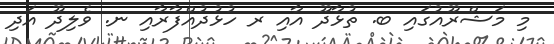
މި މަޝްރޫއުގައި ބ. ތުޅާދޫ އާއި ރ ހުޅުދުއްފާރާއި ނ. ވެލިދޫ އަދި